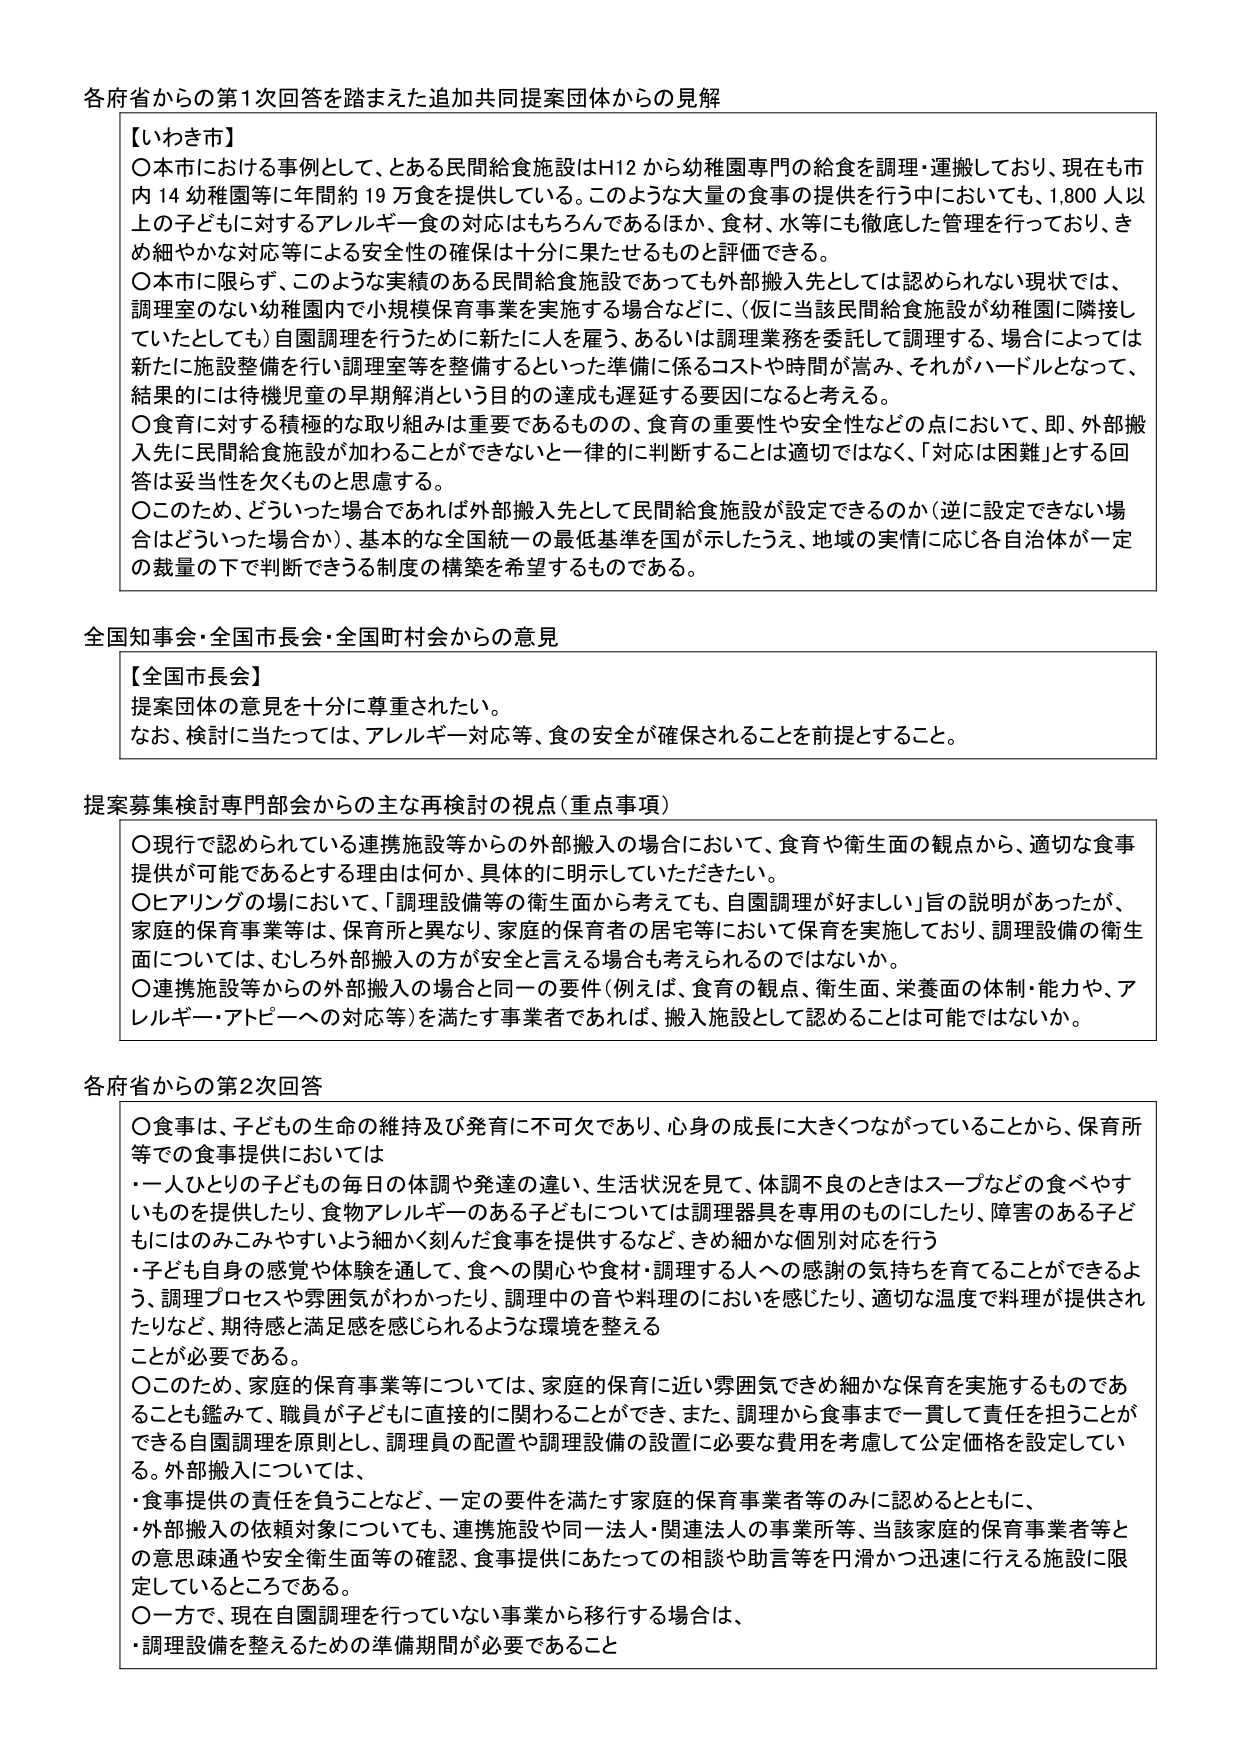
各府省からの第1次回答を踏まえた追加共同提案団体からの見解

【いわき市】
〇本市における事例として、とある民間給食施設はH12から幼稚園専門の給食を調理・運搬しており、現在も市内14幼稚園等に年間約19万食を提供している。このような大量の食事の提供を行う中においても、1,800人以上の子どもに対するアレルギー食の対応はもちろんであるほか、食材、水等にも徹底した管理を行っており、きめ細やかな対応等による安全性の確保は十分に果たせるものと評価できる。
〇本市に限らず、このような実績のある民間給食施設であっても外部搬入先としては認められない現状では、調理室のない幼稚園内で小規模保育事業を実施する場合などに、（仮に当該民間給食施設が幼稚園に隣接していたとしても）自園調理を行うために新たに人を雇う、あるいは調理業務を委託して調理する、場合によっては新たに施設整備を行い調理室等を整備するといった準備に係るコストや時間が嵩み、それがハードルとなって、結果的には待機児童の早期解消という目的の達成も遅延する要因になると考える。
〇食育に対する積極的な取り組みは重要であるものの、食育の重要性や安全性などの点において、即、外部搬入先に民間給食施設が加わることができない一律的に判断することは適切ではなく、「対応は困難」とする回答は妥当性を欠くものと思慮する。
〇このため、どういった場合であれば外部搬入先として民間給食施設が設定できるのか（逆に設定できない場合はどういった場合か）、基本的な全国統一の最低基準が国が示したうえ、地域の実情に応じ各自治体が一定の裁量の下で判断できるよう制度の構築を希望するものである。

全国知事会・全国市長会・全国町村会からの意見

【全国市長会】
提案団体の意見を十分に尊重されたい。
なお、検討に当たっては、アレルギー対応等、食の安全が確保されることを前提とすること。

提案募集検討専門部会からの主な再検討の視点（重点事項）
〇現行で認められている連携施設等からの外部搬入の場合において、食育や衛生面の観点から、適切な食事提供が可能であるとする理由は何か、具体的に明示していただきたい。
〇ヒアリングの場において、「調理設備等の衛生面から考えても、自園調理が好ましい」旨の説明があったが、家庭的保育事業等は、保育所と異なり、家庭的保育者の住宅等において保育を実施しており、調理設備の衛生面については、むしろ外部搬入の方が安全と言える場合も考えられるのではないか。
〇連携施設等からの外部搬入の場合と同一の要件（例えば、食育の観点、衛生面、栄養面の体制・能力や、アレルギー・アトピーへの対応等）を満たす事業者であれば、搬入施設として認めることは可能ではないか。

各府省からの第2次回答
〇食事は、子どもの生命の維持及び発育に不可欠であり、心身の成長に大きくつながっていることから、保育所等での食事提供においては
・一人ひとりの子どもの毎日の体調や発達の違い、生活状況を見て、体調不良のときはスープなどの食べやすいものを提供したり、食物アレルギーのある子どもについては調理器具を専用のものにしたり、障害のある子どもにはのみこみやすいよう細かく刻んだ食事を提供するなど、きめ細かな個別対応を行う
・子ども自身の感覚や体験を通して、食への関心や食材・調理する人への感謝の気持ちを育てることができるよう、調理プロセスや雰囲気がわかったり、調理中の音や料理のにおいを感じたり、適切な温度で料理が提供されたりなど、期待感と満足感を感じられるような環境を整えることが必要である。
〇このため、家庭的保育事業等については、家庭的保育に近い雰囲気できめ細かな保育を実施するものであることも鑑みて、職員が子どもに直接的に関わることができ、また、調理から食事まで一貫して責任を担うことができる自園調理を原則とし、調理員の配置や調理設備の設置に必要な費用を考慮して公定価格を設定している。外部搬入については、
・食事提供の責任を負うことなど、一定の要件を満たす家庭的保育事業者等のみに認めるとともに、
・外部搬入の依頼対象についても、連携施設や同一法人・関連法人の事業所等、当該家庭的保育事業者等との意思疎通や安全衛生面等の確認、食事提供にあたっての相談や助言等を円滑かつ迅速に行える施設に限定しているところである。
〇一方で、現在自園調理を行っていない事業から移行する場合は、
・調理設備を整えるための準備期間が必要であること